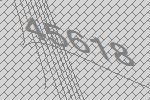
45618